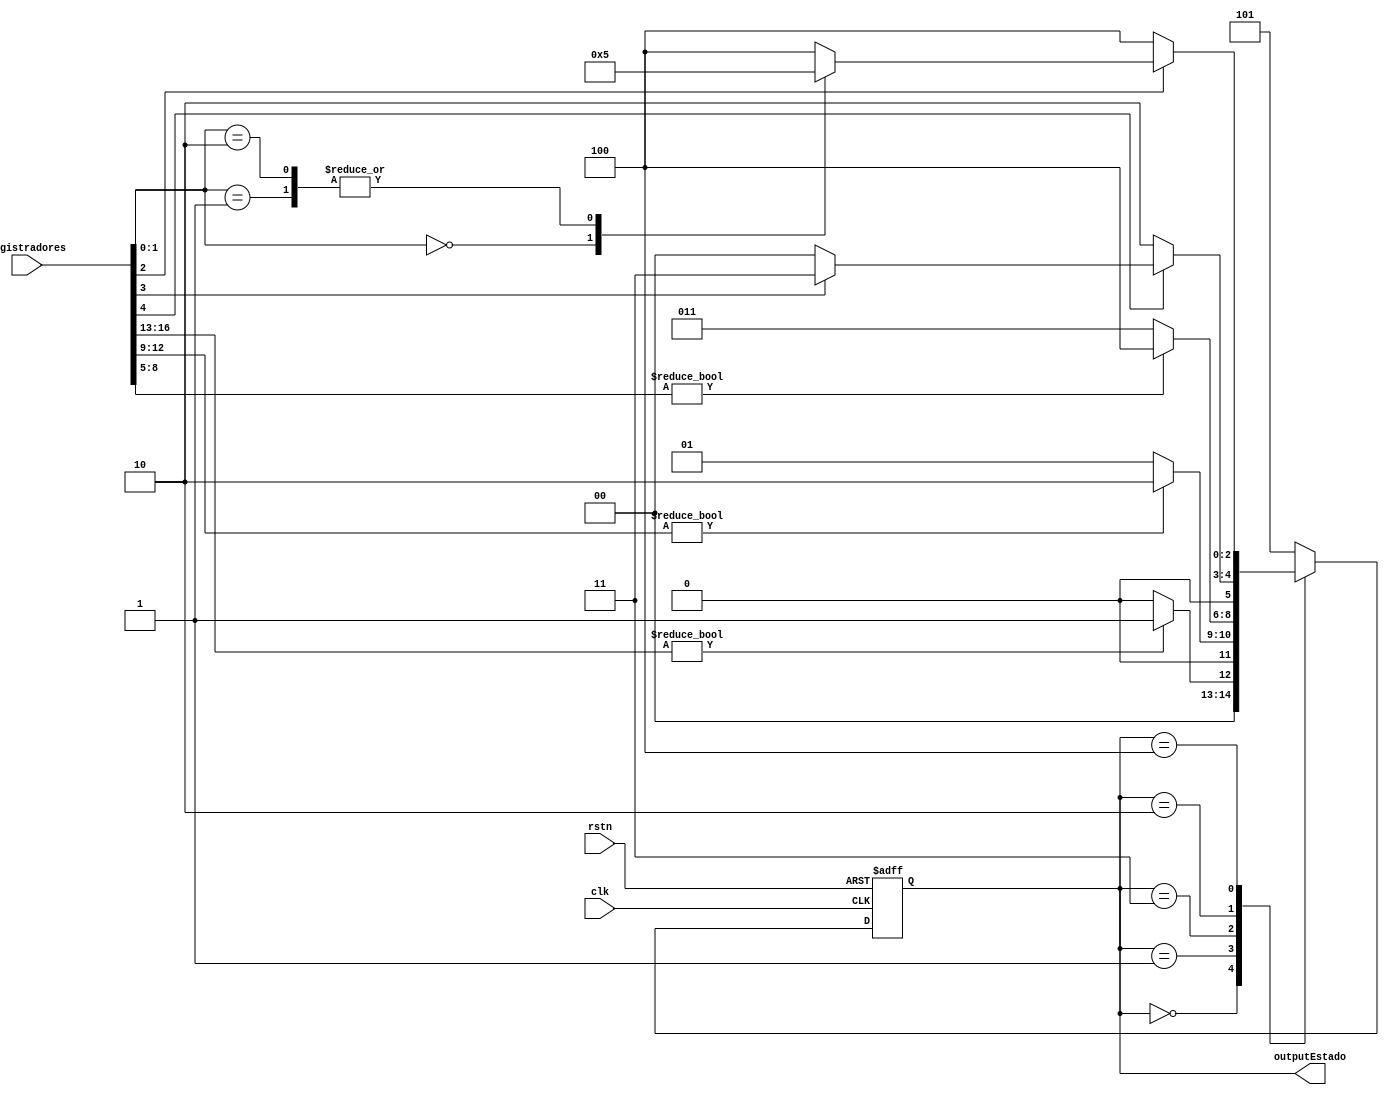
module EstadoJogo(
	input wire clk, rstn,
	input wire [16:0] registradores, // linha (4 bits), coluna (4 bits), valor (4 bits), posicaoValida (2 bits), verificaJogo (3 bits)
	output reg [2:0] outputEstado
);

	// 2 bits para verifica posicao (MSB: 0 - 1 verificou ou nao; LSB: 0 - 1 valido ou nao)
	// 3 bits para verifica jogo (MSB: 0 - 1 verificou ou nao; 00, 01, 10 possiveis estados do jogo)

	localparam [2:0] recebeLinha = 3'b000, 
	                 recebeColuna = 3'b001, 
						  verificaPos = 3'b010,
						  recebeValor = 3'b011, 
						  verificaJogo = 3'b100,
						  fimJogo = 3'b101; // reset maquina estado e limpa os registradores e sudoku usuario (saida conecta rstn da maquina de estado)
												 // key[1] ativa circuito limpa os registradores (saida conecta rstn da maquina de estado) -> se estado next atual condizente
	
	reg [2:0] state_reg = recebeLinha, state_next;
	
						  
	// state register
	always@(posedge clk, negedge rstn)
		if(!rstn)
			state_reg <= recebeLinha;
		else
			state_reg <= state_next;
	
	// Moore Output depends only on the state
	always @ (state_reg) 
	begin
		outputEstado = state_reg;
	end
	
	always @ (registradores)
	begin
		case(state_reg)
			recebeLinha:
				if(registradores[16:13]) state_next = recebeColuna;
				else state_next = recebeLinha;
			recebeColuna:
				if(registradores[12:9]) state_next = verificaPos;
				else state_next = recebeColuna;
			recebeValor:
				if(registradores[8:5]) state_next = verificaJogo;
				else state_next = recebeValor;
			verificaPos:
				if(registradores[4]) begin
					if(registradores[3])
						state_next = recebeValor;
					else
						state_next = recebeLinha;
				end
				else state_next = verificaPos;
			verificaJogo:
				if(registradores[2]) begin
					case (registradores[1:0])
						2'b00:
							state_next = recebeLinha; // jogada valida e jogo em andamento
						2'b01:
							state_next = fimJogo; // jogada valida e jogo completo
						2'b10:
							state_next = fimJogo; // jogada invalida (fim jogo)
						default:
							state_next = verificaJogo;
					endcase
				end
				else state_next = verificaJogo;
			default:
				state_next = fimJogo;
		endcase
	end
endmodule